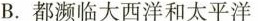
B. 都濒临大西洋和太平洋